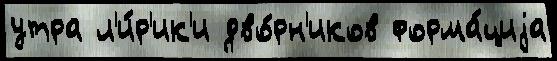
утра л'и́р'ик'и дво́рн'иков форма́циjа